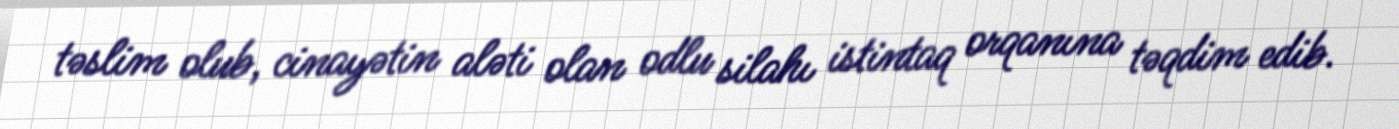
təslim olub, cinayətin aləti olan odlu silahı istintaq orqanına təqdim edib.